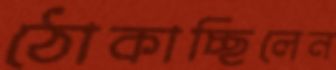
ঠোকাচ্ছিলেন